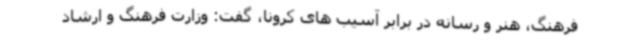
فرهنگ، هنر و رسانه در برابر آسیب های کرونا، گفت: وزارت فرهنگ و ارشاد